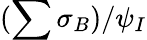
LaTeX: (\sum\sigma_{B})/\psi_{I}